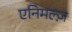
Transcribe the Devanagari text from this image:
एनिमल्ज़